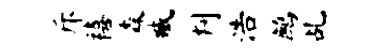
斥禧森臧判浩鹧乩